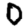
Digit: 0